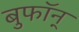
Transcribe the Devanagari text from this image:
बुफॉन्